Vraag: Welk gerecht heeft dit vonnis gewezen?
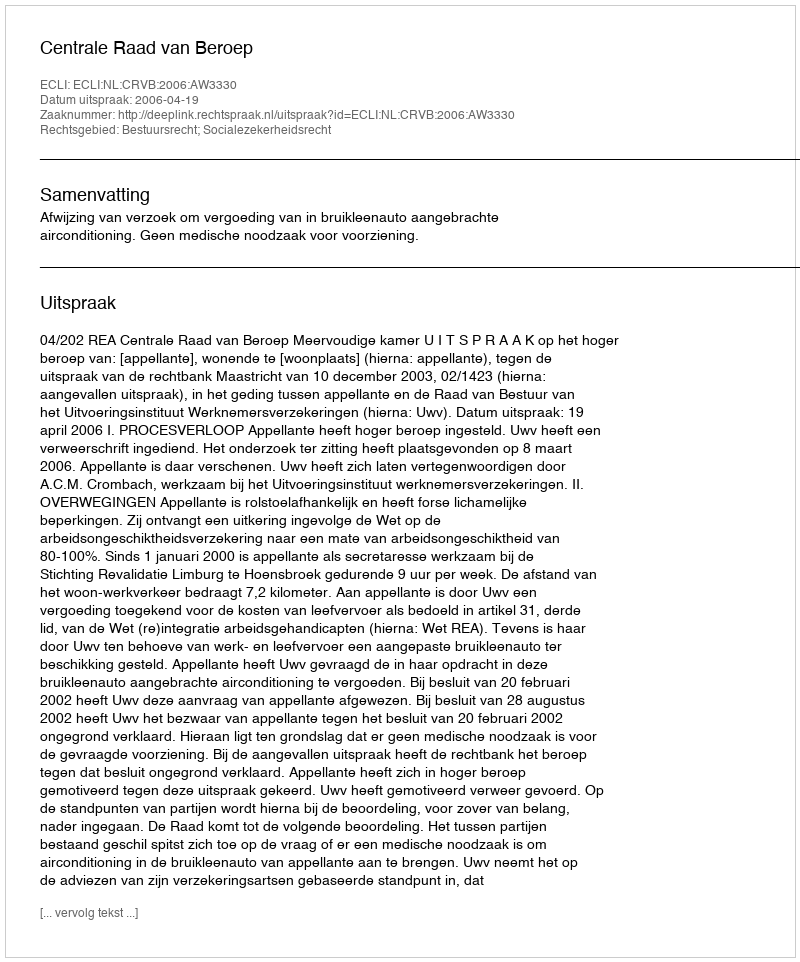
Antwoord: Centrale Raad van Beroep